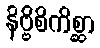
နိဗ္ဗိစိကိစ္ဆာ